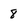
Character: 8